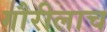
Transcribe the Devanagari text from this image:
गौरीलाच